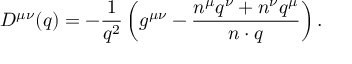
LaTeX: D ^ { \mu \nu } ( q ) = - \frac { 1 } { q ^ { 2 } } \left( g ^ { \mu \nu } - \frac { n ^ { \mu } q ^ { \nu } + n ^ { \nu } q ^ { \mu } } { n \cdot q } \right) .